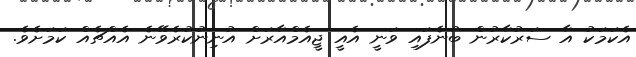
އެކަމަކު އާ ސަރުކާރުން ބުނެފައި ވަނީ އެއީ ޖީއެމްއާރަށް އުނިނުކުރެވޭނެ އެއްޗެއް ކަމަށެވެ.